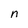
Character: n